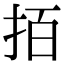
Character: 𢫦